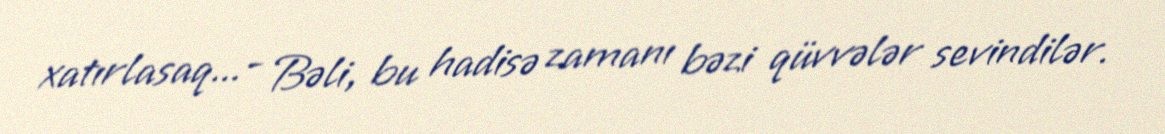
xatırlasaq...- Bəli, bu hadisə zamanı bəzi qüvvələr sevindilər.